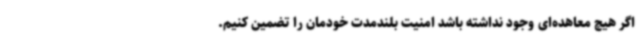
اگر هیچ معاهده‌ای وجود نداشته باشد امنیت بلندمدت خودمان را تضمین کنیم.